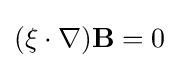
(\mathbf {\xi } \cdot \nabla )\mathbf {B} =0